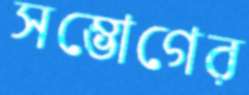
সম্ভোগের